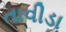
તાવીડા